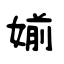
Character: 媊